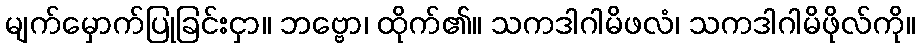
မျက်မှောက်ပြုခြင်းငှာ။ ဘဗ္ဗော၊ ထိုက်၏။ သကဒါဂါမိဖလံ၊ သကဒါဂါမိဖိုလ်ကို။